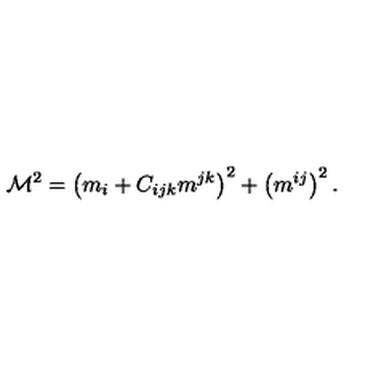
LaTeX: \mathcal { M } ^ { 2 } = \left( m _ { i } + C _ { i j k } m ^ { j k } \right) ^ { 2 } + \left( m ^ { i j } \right) ^ { 2 } .